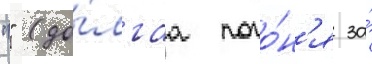
"" (до́лгаа пого́н'я за́